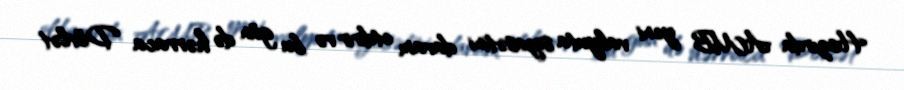
Hazırda AMB yeni valyuta siyasətini davam etdirir və bu gün də hərraca Dövlət